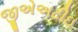
જીએઅટીઇ